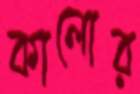
কালোর